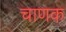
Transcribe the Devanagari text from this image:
चाणक